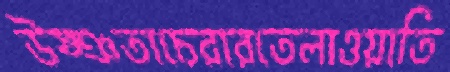
উষ্ঞতাচেরারতেলাওয়াতি